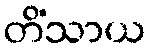
တိံသာယ